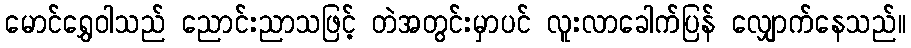
မောင်ရွှေဝါသည် ညောင်းညာသဖြင့် တဲအတွင်းမှာပင် လူးလာခေါက်ပြန် လျှောက်နေသည်။